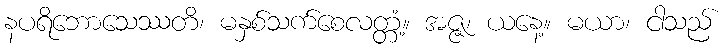
နပရိဘောသေဿတိ၊ မနှစ်သက်စေလတ္တံ့။ အဇ္ဇ၊ ယနေ့။ မယာ၊ ငါသည်